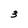
Character: 3